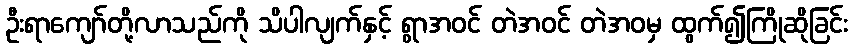
ဦးရာကျော်တို့လာသည်ကို သိပါလျက်နှင့် ရွာအဝင် တဲအဝင် တဲအဝမှ ထွက်၍ကြိုဆိုခြင်း